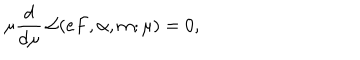
LaTeX: \mu \frac { d } { d \mu } \, { \cal L } ( e F , \alpha , m ; \mu ) = 0 ,